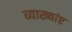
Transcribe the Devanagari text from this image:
व्याख्यांए